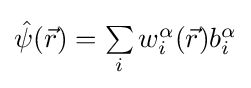
{\textstyle {\hat {\psi }}({\vec {r}})=\sum \limits _{i}w_{i}^{\alpha }({\vec {r}})b_{i}^{\alpha }}